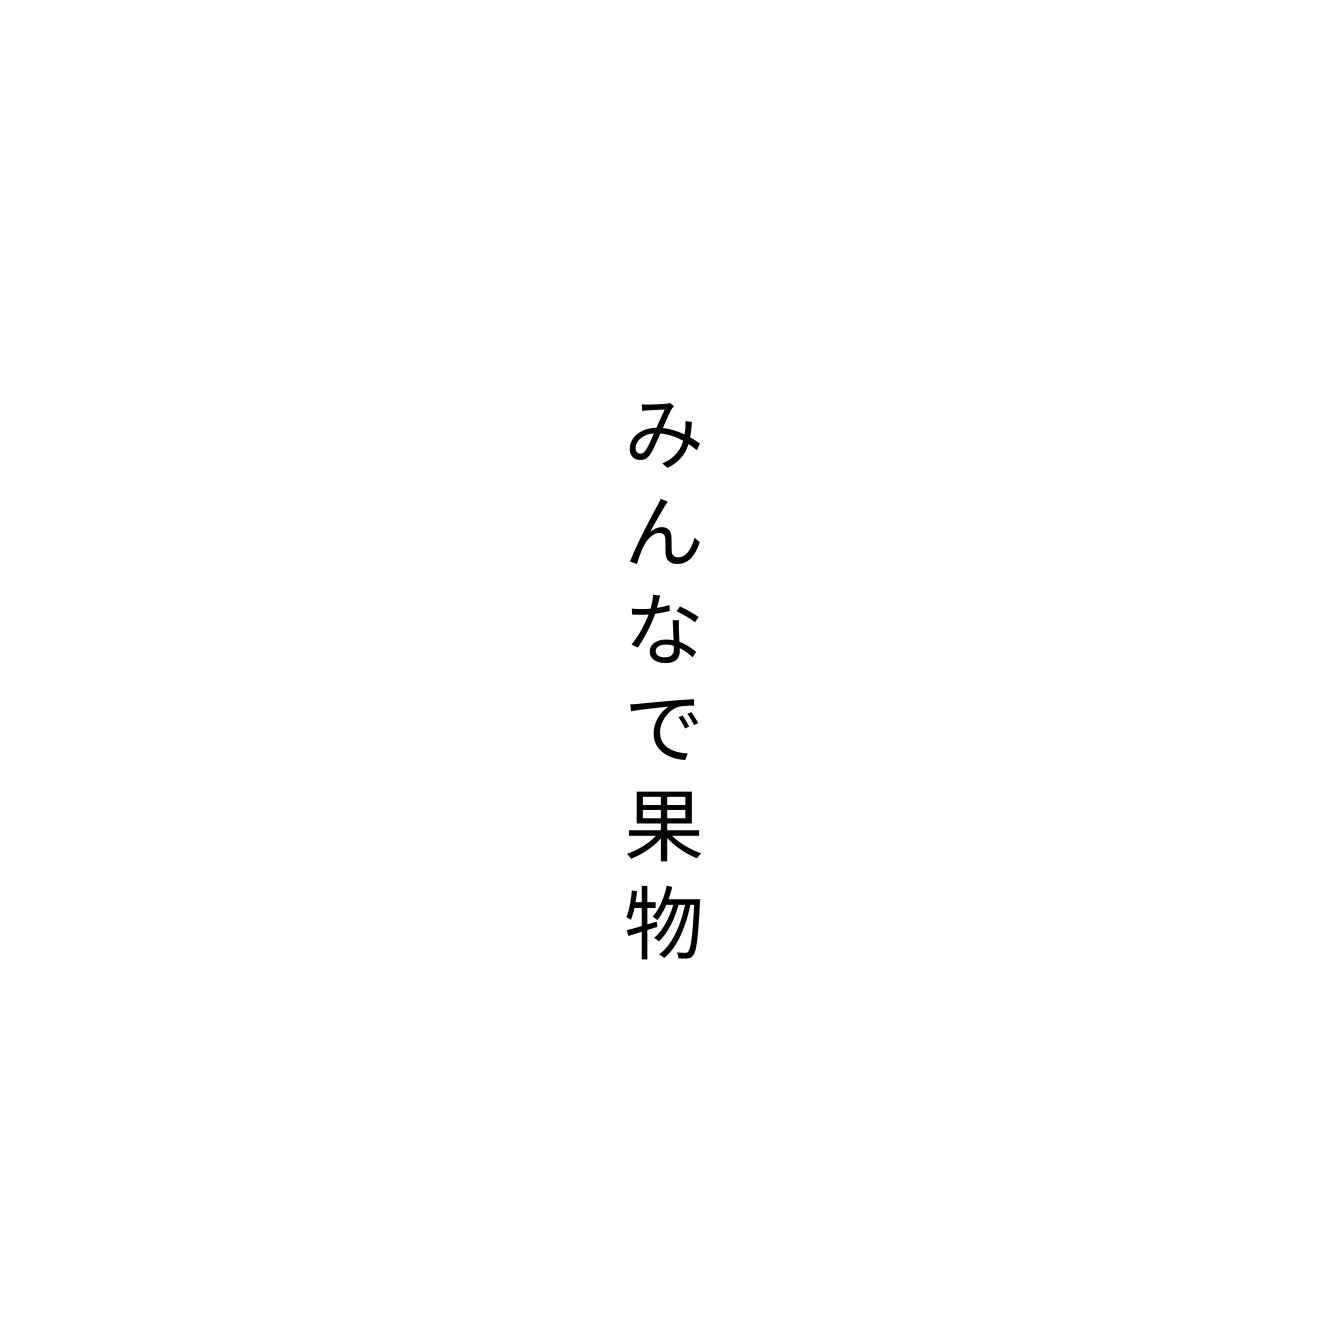
みんなで果物